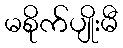
မစိုက်ပျိုးမီ